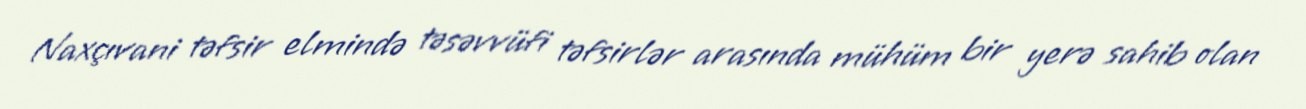
Naxçıvani təfsir elmində təsəvvüfi təfsirlər arasında mühüm bir yerə sahib olan